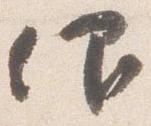
仰